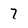
Character: 7